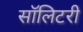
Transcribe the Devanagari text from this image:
सॉलिटरी